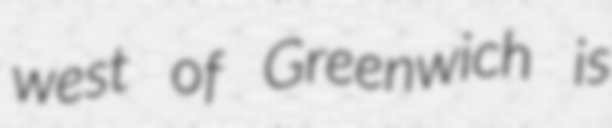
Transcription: west of Greenwich is